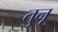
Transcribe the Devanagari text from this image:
तुनू